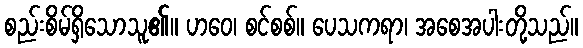
စည်းစိမ်ရှိသောသူ၏။ ဟဝေ၊ စင်စစ်။ ပေသကရာ၊ အစေအပါးတို့သည်။